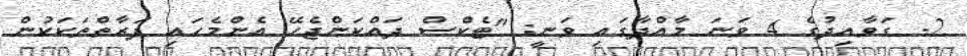
2. ގަވާއިދުގެ 4 ވަނަ މާއްދާގައި ވަނީ: "ޓެކްސް ދައްކަންޖެހޭ އެންމެހައި ފަރާތްތަކަކުން